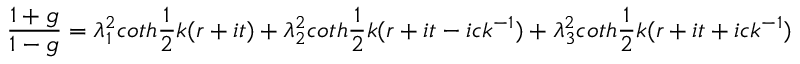
\frac { 1 + g } { 1 - g } = \lambda _ { 1 } ^ { 2 } c o t h \frac { 1 } { 2 } k ( r + i t ) + \lambda _ { 2 } ^ { 2 } c o t h \frac { 1 } { 2 } k ( r + i t - i c k ^ { - 1 } ) + \lambda _ { 3 } ^ { 2 } c o t h \frac { 1 } { 2 } k ( r + i t + i c k ^ { - 1 } )